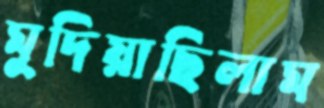
মুদিয়াছিলাম